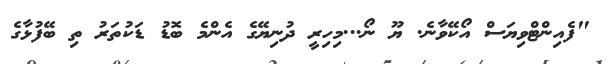
"ފެއިންޓްވިޔަސް އޯކޭވާނެ. ޔޫ ނޯ...މިހިރީ ދުނިޔޭގެ އެންމެ ބޮޑު ޑަކުތަރު ތި ބޭފުޅާގެ